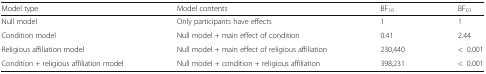
| Model type | Model contents | BF10 | BF01 |
 | --- | --- | --- | --- |
 | Null model | Only participants have effects | 1 | 1 |
 | Condition model | Null model + main effect of condition | 0.41 | 2.44 |
 | Religious affiliation model | Null model + main effect of religious affiliation | 230,440 | <0.001 |
 | Condition + religious affiliation model | Null model + condition + religious affiliation | 398,231 | <0.001 |